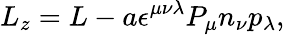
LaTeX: L_{z}=L-a\epsilon^{\mu\nu\lambda}P_{\mu}n_{\nu}p_{\lambda},